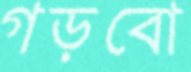
গড়বো